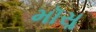
મૉસૢ